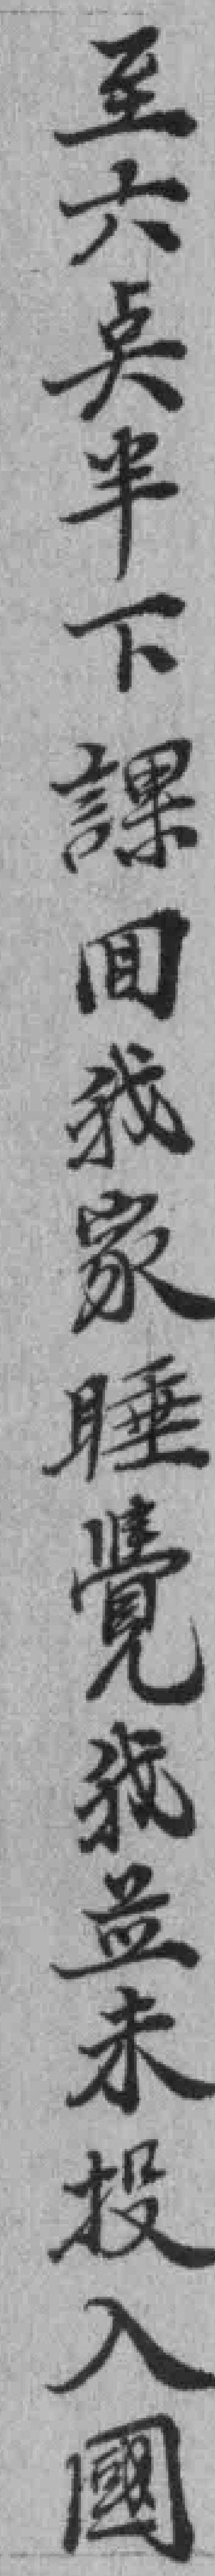
至六奌半下課囬我家睡覺我並未投入國